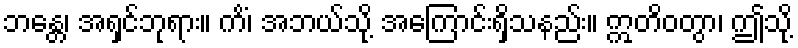
ဘန္တေ၊ အရှင်ဘုရား။ ကိံ၊ အဘယ်သို့ အကြောင်းရှိသနည်း။ ဣတိဝတွာ၊ ဤသို့